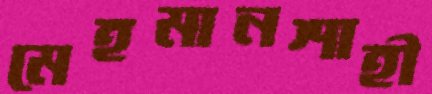
মেহমানশাহী